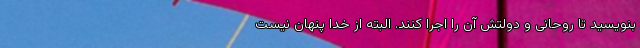
بنویسید تا روحانی و دولتش آن را اجرا کنند. البته از خدا پنهان نیست